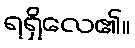
ရရှိလေ၏။